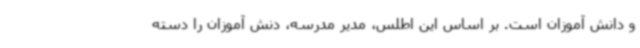
و دانش آموزان است. بر اساس این اطلس، مدیر مدرسه، دنش آموزان را دسته